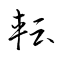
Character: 転